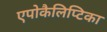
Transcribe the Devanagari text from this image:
एपोकैलिप्टिका